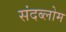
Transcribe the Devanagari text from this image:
संदब्लोम